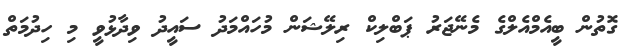
ގޮތުން ބީއެމްއެލްގެ މެނޭޖަރު ޕަބްލިކް ރިލޭޝަން މުހައްމަދު ސައީދު ވިދާޅުވީ މި ހިދުމަތް